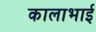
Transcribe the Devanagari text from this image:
कालाभाई